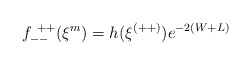
\begin{align*}f^{~++}_{--} (\xi^m) = h(\xi^{(++)}) e^{-2(W+L)}\end{align*}